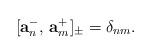
LaTeX: \begin{align*}[\mathbf{a}_n^{-},\,\mathbf{a}^{+}_m]_{\pm}=\delta_{nm}.\end{align*}